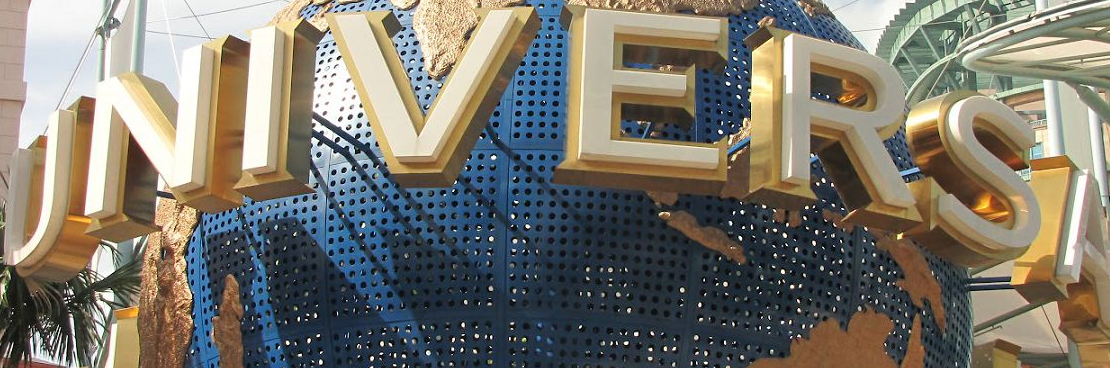
UNIVERSA